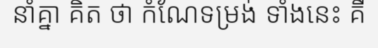
នាំគ្នា គិត ថា កំណែទម្រង់ ទាំងនេះ គឺ